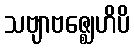
သဗျာဗဇ္ဈေဟိပိ